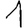
Digit: 1